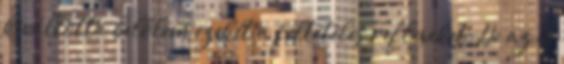
kiváltotta belőlem ezeket a feltételes reflexeket. De az is